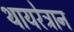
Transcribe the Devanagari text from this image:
थायरेट्रान